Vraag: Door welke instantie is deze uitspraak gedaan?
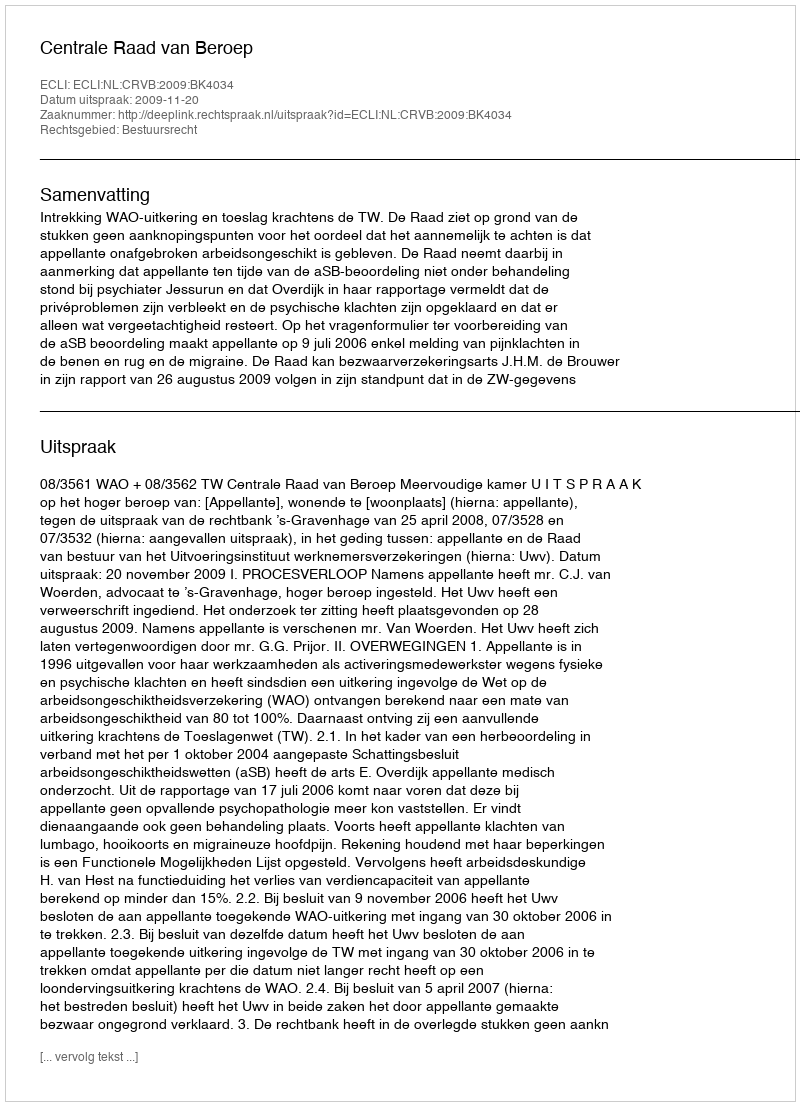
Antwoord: Centrale Raad van Beroep